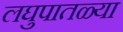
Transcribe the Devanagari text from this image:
लघुपातळ्या